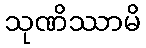
သုဏိဿာမိ